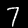
Digit: 7